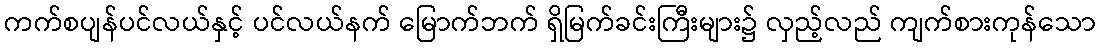
ကက်စပျန်ပင်လယ်နှင့် ပင်လယ်နက် မြောက်ဘက် ရှိမြက်ခင်းကြီးများ၌ လှည့်လည် ကျက်စားကုန်သော